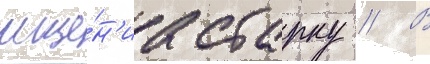
мще́н'иа старку // В